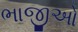
ભાજીઓ